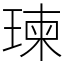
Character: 瑓